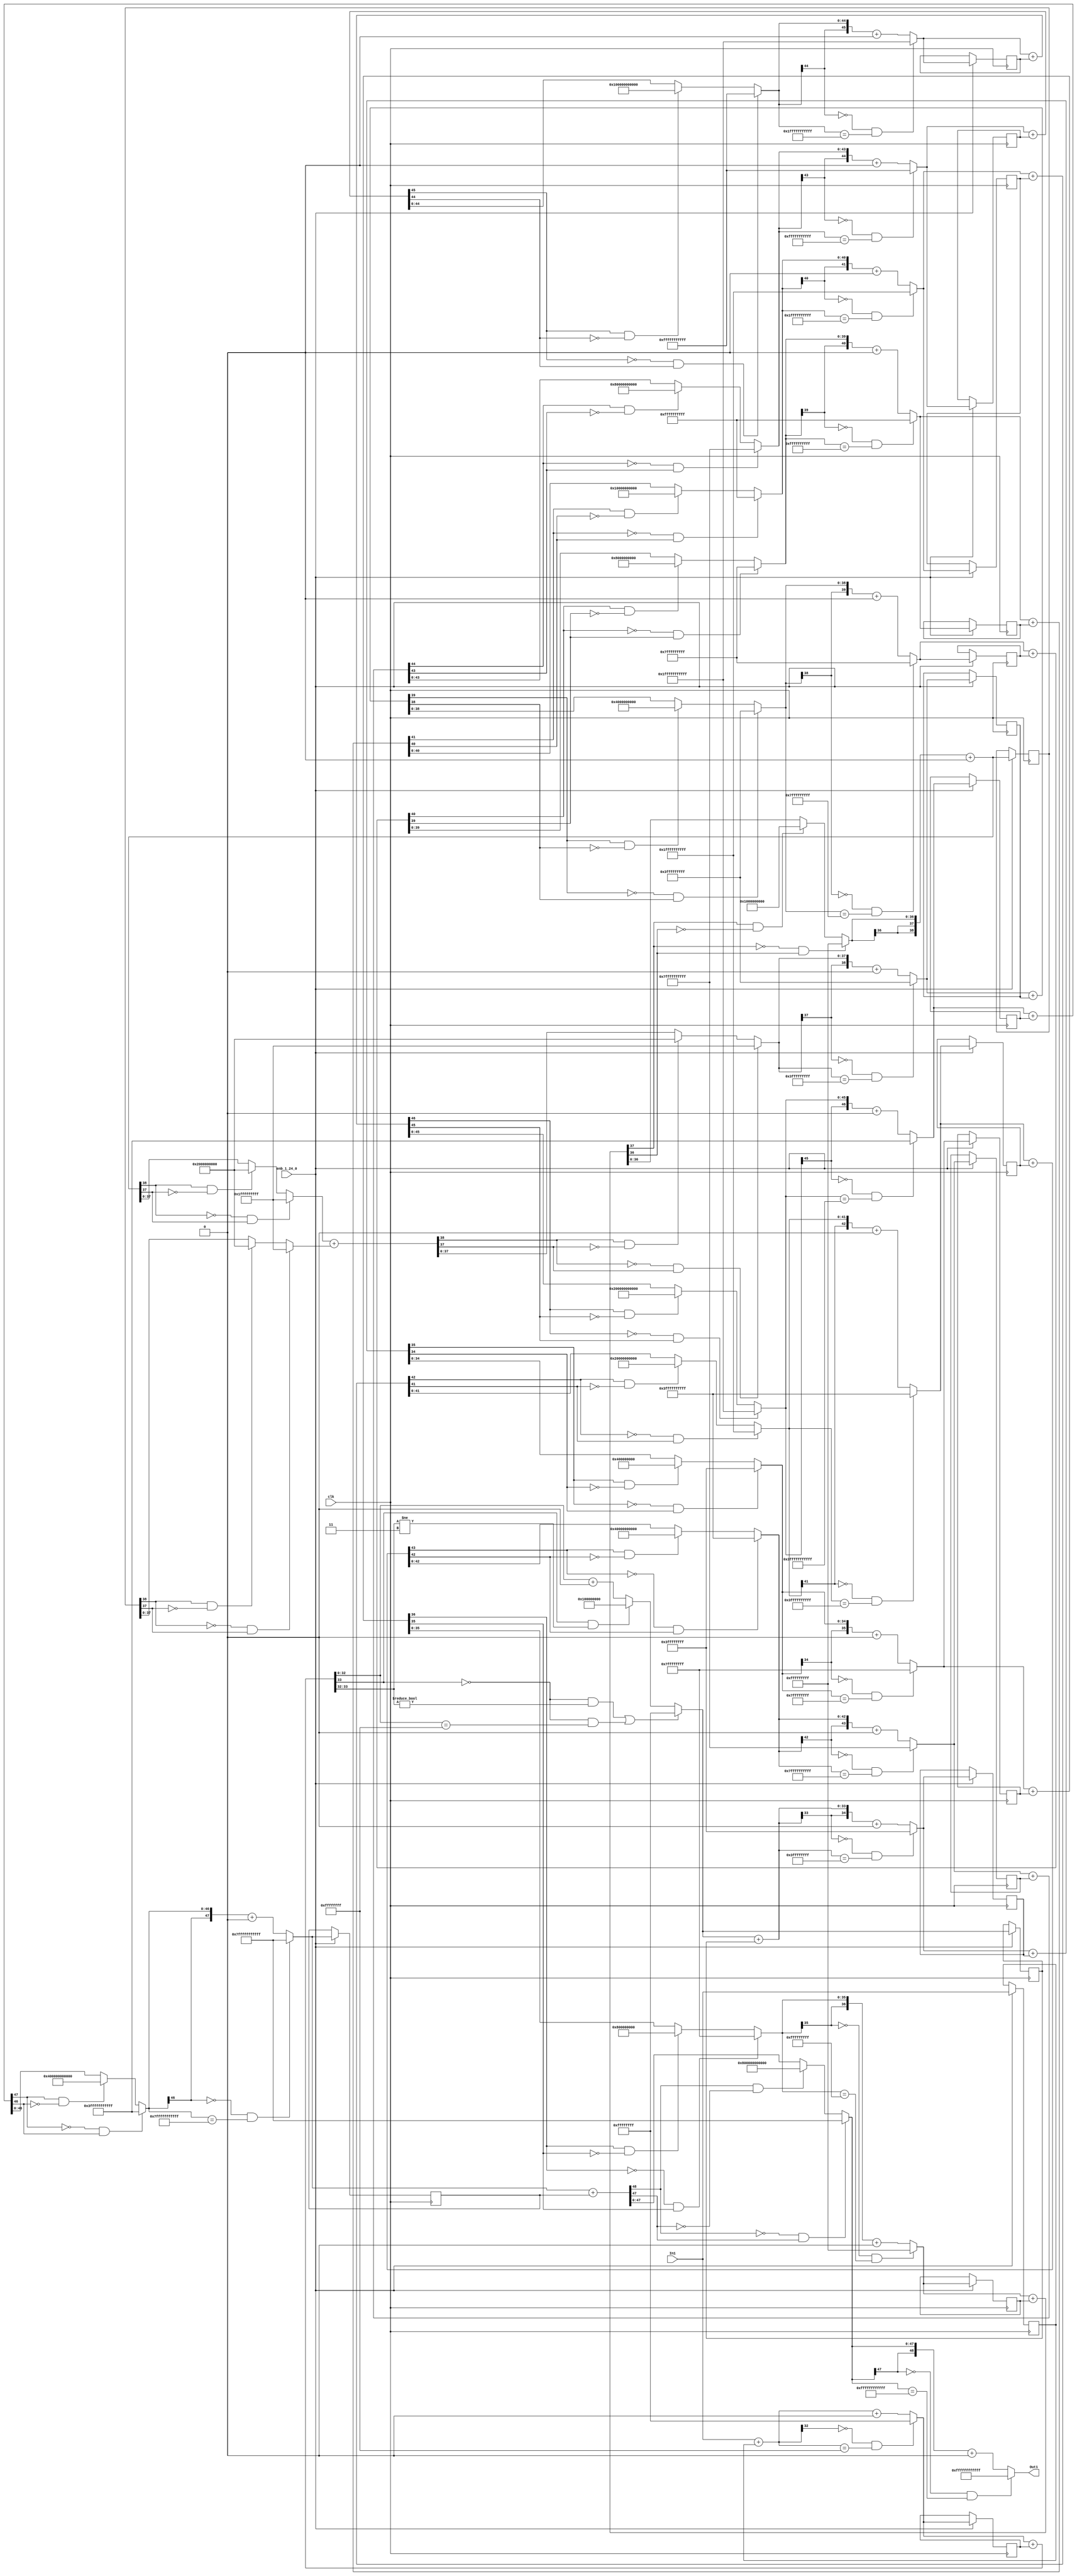
// -------------------------------------------------------------
// 
// 
// Generated by MATLAB 9.9 and HDL Coder 3.17
// 
// -------------------------------------------------------------


// -------------------------------------------------------------
// 
// Module: First_Block_H2_z_1
// Source Path: NonCIC_Final/Non-recursive CIC1/First Block H2(z)1
// Hierarchy Level: 1
// 
// -------------------------------------------------------------

`timescale 1 ns / 1 ns

module First_Block_H2_z_1
          (clk,
           enb_1_24_0,
           In1,
           Out1);


  input   clk;
  input   enb_1_24_0;
  input   signed [31:0] In1;  // sfix32_En28
  output  signed [48:0] Out1;  // sfix49_En45


  reg signed [31:0] Delay_out1;  // sfix32_En28
  wire signed [32:0] Add_add_cast;  // sfix33_En28
  wire signed [32:0] Add_add_cast_1;  // sfix33_En28
  wire signed [32:0] Add_out1;  // sfix33_En28
  wire signed [52:0] Gain_cast;  // sfix53_En47
  wire signed [51:0] Gain_cast_1;  // sfix52_En47
  wire signed [32:0] Gain_out1;  // sfix33_En29
  reg signed [32:0] Delay1_out1;  // sfix33_En29
  wire signed [33:0] Add1_add_cast;  // sfix34_En29
  wire signed [33:0] Add1_add_cast_1;  // sfix34_En29
  wire signed [33:0] Add1_out1;  // sfix34_En29
  wire signed [53:0] Gain1_cast;  // sfix54_En48
  wire signed [52:0] Gain1_cast_1;  // sfix53_En48
  wire signed [32:0] Gain1_out1;  // sfix33_En30
  reg signed [32:0] Delay2_out1;  // sfix33_En30
  wire signed [33:0] Add2_add_cast;  // sfix34_En30
  wire signed [33:0] Add2_add_cast_1;  // sfix34_En30
  wire signed [33:0] Add2_out1;  // sfix34_En30
  wire signed [53:0] Gain2_cast;  // sfix54_En49
  wire signed [52:0] Gain2_cast_1;  // sfix53_En49
  wire signed [34:0] Gain2_out1;  // sfix35_En31
  reg signed [34:0] Delay3_out1;  // sfix35_En31
  wire signed [35:0] Add3_add_cast;  // sfix36_En31
  wire signed [35:0] Add3_add_cast_1;  // sfix36_En31
  wire signed [35:0] Add3_add_temp;  // sfix36_En31
  wire signed [34:0] Add3_out1;  // sfix35_En31
  wire signed [54:0] Gain3_cast;  // sfix55_En50
  wire signed [53:0] Gain3_cast_1;  // sfix54_En50
  wire signed [35:0] Gain3_out1;  // sfix36_En32
  reg signed [35:0] Delay4_out1;  // sfix36_En32
  wire signed [36:0] Add4_add_cast;  // sfix37_En32
  wire signed [36:0] Add4_add_cast_1;  // sfix37_En32
  wire signed [36:0] Add4_add_temp;  // sfix37_En32
  wire signed [35:0] Add4_out1;  // sfix36_En32
  wire signed [55:0] Gain4_cast;  // sfix56_En51
  wire signed [54:0] Gain4_cast_1;  // sfix55_En51
  wire signed [36:0] Gain4_out1;  // sfix37_En33
  reg signed [36:0] Delay5_out1;  // sfix37_En33
  wire signed [37:0] Add5_add_cast;  // sfix38_En33
  wire signed [37:0] Add5_add_cast_1;  // sfix38_En33
  wire signed [37:0] Add5_add_temp;  // sfix38_En33
  wire signed [36:0] Add5_out1;  // sfix37_En33
  wire signed [56:0] Gain5_cast;  // sfix57_En52
  wire signed [55:0] Gain5_cast_1;  // sfix56_En52
  wire signed [38:0] Gain5_out1;  // sfix39_En34
  reg signed [38:0] Delay6_out1;  // sfix39_En34
  wire signed [37:0] Add6_add_cast;  // sfix38_En34
  wire signed [38:0] Add6_add_cast_1;  // sfix39_En34
  wire signed [37:0] Add6_add_cast_2;  // sfix38_En34
  wire signed [38:0] Add6_add_cast_3;  // sfix39_En34
  wire signed [38:0] Add6_add_temp;  // sfix39_En34
  wire signed [37:0] Add6_out1;  // sfix38_En34
  wire signed [57:0] Gain6_cast;  // sfix58_En53
  wire signed [56:0] Gain6_cast_1;  // sfix57_En53
  wire signed [38:0] Gain6_out1;  // sfix39_En35
  reg signed [38:0] Delay7_out1;  // sfix39_En35
  wire signed [39:0] Add7_add_cast;  // sfix40_En35
  wire signed [39:0] Add7_add_cast_1;  // sfix40_En35
  wire signed [39:0] Add7_add_temp;  // sfix40_En35
  wire signed [38:0] Add7_out1;  // sfix39_En35
  wire signed [58:0] Gain7_cast;  // sfix59_En54
  wire signed [57:0] Gain7_cast_1;  // sfix58_En54
  wire signed [39:0] Gain7_out1;  // sfix40_En36
  reg signed [39:0] Delay8_out1;  // sfix40_En36
  wire signed [40:0] Add8_add_cast;  // sfix41_En36
  wire signed [40:0] Add8_add_cast_1;  // sfix41_En36
  wire signed [40:0] Add8_add_temp;  // sfix41_En36
  wire signed [39:0] Add8_out1;  // sfix40_En36
  wire signed [59:0] Gain8_cast;  // sfix60_En55
  wire signed [58:0] Gain8_cast_1;  // sfix59_En55
  wire signed [40:0] Gain8_out1;  // sfix41_En37
  reg signed [40:0] Delay9_out1;  // sfix41_En37
  wire signed [41:0] Add9_add_cast;  // sfix42_En37
  wire signed [41:0] Add9_add_cast_1;  // sfix42_En37
  wire signed [41:0] Add9_add_temp;  // sfix42_En37
  wire signed [40:0] Add9_out1;  // sfix41_En37
  wire signed [60:0] Gain9_cast;  // sfix61_En56
  wire signed [59:0] Gain9_cast_1;  // sfix60_En56
  wire signed [41:0] Gain9_out1;  // sfix42_En38
  reg signed [41:0] Delay10_out1;  // sfix42_En38
  wire signed [42:0] Add10_add_cast;  // sfix43_En38
  wire signed [42:0] Add10_add_cast_1;  // sfix43_En38
  wire signed [42:0] Add10_add_temp;  // sfix43_En38
  wire signed [41:0] Add10_out1;  // sfix42_En38
  wire signed [61:0] Gain10_cast;  // sfix62_En57
  wire signed [60:0] Gain10_cast_1;  // sfix61_En57
  wire signed [42:0] Gain10_out1;  // sfix43_En39
  reg signed [42:0] Delay11_out1;  // sfix43_En39
  wire signed [43:0] Add11_add_cast;  // sfix44_En39
  wire signed [43:0] Add11_add_cast_1;  // sfix44_En39
  wire signed [43:0] Add11_add_temp;  // sfix44_En39
  wire signed [42:0] Add11_out1;  // sfix43_En39
  wire signed [62:0] Gain11_cast;  // sfix63_En58
  wire signed [61:0] Gain11_cast_1;  // sfix62_En58
  wire signed [43:0] Gain11_out1;  // sfix44_En40
  reg signed [43:0] Delay12_out1;  // sfix44_En40
  wire signed [44:0] Add12_add_cast;  // sfix45_En40
  wire signed [44:0] Add12_add_cast_1;  // sfix45_En40
  wire signed [44:0] Add12_add_temp;  // sfix45_En40
  wire signed [43:0] Add12_out1;  // sfix44_En40
  wire signed [63:0] Gain12_cast;  // sfix64_En59
  wire signed [62:0] Gain12_cast_1;  // sfix63_En59
  wire signed [44:0] Gain12_out1;  // sfix45_En41
  reg signed [44:0] Delay13_out1;  // sfix45_En41
  wire signed [45:0] Add13_add_cast;  // sfix46_En41
  wire signed [45:0] Add13_add_cast_1;  // sfix46_En41
  wire signed [45:0] Add13_add_temp;  // sfix46_En41
  wire signed [44:0] Add13_out1;  // sfix45_En41
  wire signed [64:0] Gain13_cast;  // sfix65_En60
  wire signed [63:0] Gain13_cast_1;  // sfix64_En60
  wire signed [45:0] Gain13_out1;  // sfix46_En42
  reg signed [45:0] Delay14_out1;  // sfix46_En42
  wire signed [46:0] Add14_add_cast;  // sfix47_En42
  wire signed [46:0] Add14_add_cast_1;  // sfix47_En42
  wire signed [46:0] Add14_add_temp;  // sfix47_En42
  wire signed [45:0] Add14_out1;  // sfix46_En42
  wire signed [65:0] Gain14_cast;  // sfix66_En61
  wire signed [64:0] Gain14_cast_1;  // sfix65_En61
  wire signed [46:0] Gain14_out1;  // sfix47_En43
  reg signed [46:0] Delay15_out1;  // sfix47_En43
  wire signed [47:0] Add15_add_cast;  // sfix48_En43
  wire signed [47:0] Add15_add_cast_1;  // sfix48_En43
  wire signed [47:0] Add15_add_temp;  // sfix48_En43
  wire signed [46:0] Add15_out1;  // sfix47_En43
  wire signed [66:0] Gain15_cast;  // sfix67_En62
  wire signed [65:0] Gain15_cast_1;  // sfix66_En62
  wire signed [47:0] Gain15_out1;  // sfix48_En44
  reg signed [47:0] Delay16_out1;  // sfix48_En44
  wire signed [48:0] Add16_add_cast;  // sfix49_En44
  wire signed [48:0] Add16_add_cast_1;  // sfix49_En44
  wire signed [48:0] Add16_add_temp;  // sfix49_En44
  wire signed [47:0] Add16_out1;  // sfix48_En44
  wire signed [67:0] Gain16_cast;  // sfix68_En63
  wire signed [66:0] Gain16_cast_1;  // sfix67_En63
  wire signed [48:0] Gain16_out1;  // sfix49_En45


  always @(posedge clk)
    begin : Delay_rsvd_process
      if (enb_1_24_0) begin
        Delay_out1 <= In1;
      end
    end



  assign Add_add_cast = {In1[31], In1};
  assign Add_add_cast_1 = {Delay_out1[31], Delay_out1};
  assign Add_out1 = Add_add_cast + Add_add_cast_1;



  assign Gain_cast = {{2{Add_out1[32]}}, {Add_out1, 18'b000000000000000000}};
  assign Gain_cast_1 = Gain_cast[51:0];
  assign Gain_out1 = (((Gain_cast_1[51] == 1'b0) && (Gain_cast_1[50] != 1'b0)) || ((Gain_cast_1[51] == 1'b0) 
    && (Gain_cast_1[50:18] == 33'sh0FFFFFFFF)) ? 33'sh0FFFFFFFF :
              ((Gain_cast_1[51] == 1'b1) && (Gain_cast_1[50] != 1'b1) ? 33'sh100000000 :
              Gain_cast_1[50:18] + $signed({1'b0, Gain_cast_1[17]})));



  always @(posedge clk)
    begin : Delay1_process
      if (enb_1_24_0) begin
        Delay1_out1 <= Gain_out1;
      end
    end



  assign Add1_add_cast = {Gain_out1[32], Gain_out1};
  assign Add1_add_cast_1 = {Delay1_out1[32], Delay1_out1};
  assign Add1_out1 = Add1_add_cast + Add1_add_cast_1;



  assign Gain1_cast = {{2{Add1_out1[33]}}, {Add1_out1, 18'b000000000000000000}};
  assign Gain1_cast_1 = Gain1_cast[52:0];
  assign Gain1_out1 = (((Gain1_cast_1[52] == 1'b0) && (Gain1_cast_1[51:50] != 2'b00)) || ((Gain1_cast_1[52] 
    == 1'b0) && (Gain1_cast_1[50:18] == 33'sh0FFFFFFFF)) ? 33'sh0FFFFFFFF :
              ((Gain1_cast_1[52] == 1'b1) && (Gain1_cast_1[51:50] != 2'b11) ? 33'sh100000000 :
              Gain1_cast_1[50:18] + $signed({1'b0, Gain1_cast_1[17]})));



  always @(posedge clk)
    begin : Delay2_process
      if (enb_1_24_0) begin
        Delay2_out1 <= Gain1_out1;
      end
    end



  assign Add2_add_cast = {Gain1_out1[32], Gain1_out1};
  assign Add2_add_cast_1 = {Delay2_out1[32], Delay2_out1};
  assign Add2_out1 = Add2_add_cast + Add2_add_cast_1;



  assign Gain2_cast = {{2{Add2_out1[33]}}, {Add2_out1, 18'b000000000000000000}};
  assign Gain2_cast_1 = Gain2_cast[52:0];
  assign Gain2_out1 = ((Gain2_cast_1[52] == 1'b0) && (Gain2_cast_1[51:18] == 34'h3FFFFFFFF) ? 35'sh3FFFFFFFF :
              Gain2_cast_1[52:18] + $signed({1'b0, Gain2_cast_1[17]}));



  always @(posedge clk)
    begin : Delay3_process
      if (enb_1_24_0) begin
        Delay3_out1 <= Gain2_out1;
      end
    end



  assign Add3_add_cast = {Gain2_out1[34], Gain2_out1};
  assign Add3_add_cast_1 = {Delay3_out1[34], Delay3_out1};
  assign Add3_add_temp = Add3_add_cast + Add3_add_cast_1;
  assign Add3_out1 = ((Add3_add_temp[35] == 1'b0) && (Add3_add_temp[34] != 1'b0) ? 35'sh3FFFFFFFF :
              ((Add3_add_temp[35] == 1'b1) && (Add3_add_temp[34] != 1'b1) ? 35'sh400000000 :
              $signed(Add3_add_temp[34:0])));



  assign Gain3_cast = {{2{Add3_out1[34]}}, {Add3_out1, 18'b000000000000000000}};
  assign Gain3_cast_1 = Gain3_cast[53:0];
  assign Gain3_out1 = ((Gain3_cast_1[53] == 1'b0) && (Gain3_cast_1[52:18] == 35'h7FFFFFFFF) ? 36'sh7FFFFFFFF :
              Gain3_cast_1[53:18] + $signed({1'b0, Gain3_cast_1[17]}));



  always @(posedge clk)
    begin : Delay4_process
      if (enb_1_24_0) begin
        Delay4_out1 <= Gain3_out1;
      end
    end



  assign Add4_add_cast = {Gain3_out1[35], Gain3_out1};
  assign Add4_add_cast_1 = {Delay4_out1[35], Delay4_out1};
  assign Add4_add_temp = Add4_add_cast + Add4_add_cast_1;
  assign Add4_out1 = ((Add4_add_temp[36] == 1'b0) && (Add4_add_temp[35] != 1'b0) ? 36'sh7FFFFFFFF :
              ((Add4_add_temp[36] == 1'b1) && (Add4_add_temp[35] != 1'b1) ? 36'sh800000000 :
              $signed(Add4_add_temp[35:0])));



  assign Gain4_cast = {{2{Add4_out1[35]}}, {Add4_out1, 18'b000000000000000000}};
  assign Gain4_cast_1 = Gain4_cast[54:0];
  assign Gain4_out1 = ((Gain4_cast_1[54] == 1'b0) && (Gain4_cast_1[53:18] == 36'hFFFFFFFFF) ? 37'sh0FFFFFFFFF 
    :
              Gain4_cast_1[54:18] + $signed({1'b0, Gain4_cast_1[17]}));



  always @(posedge clk)
    begin : Delay5_process
      if (enb_1_24_0) begin
        Delay5_out1 <= Gain4_out1;
      end
    end



  assign Add5_add_cast = {Gain4_out1[36], Gain4_out1};
  assign Add5_add_cast_1 = {Delay5_out1[36], Delay5_out1};
  assign Add5_add_temp = Add5_add_cast + Add5_add_cast_1;
  assign Add5_out1 = ((Add5_add_temp[37] == 1'b0) && (Add5_add_temp[36] != 1'b0) ? 37'sh0FFFFFFFFF :
              ((Add5_add_temp[37] == 1'b1) && (Add5_add_temp[36] != 1'b1) ? 37'sh1000000000 :
              $signed(Add5_add_temp[36:0])));



  assign Gain5_cast = {{2{Add5_out1[36]}}, {Add5_out1, 18'b000000000000000000}};
  assign Gain5_cast_1 = Gain5_cast[55:0];
  assign Gain5_out1 = ({Gain5_cast_1[55], Gain5_cast_1[55:18]}) + $signed({1'b0, Gain5_cast_1[17]});



  always @(posedge clk)
    begin : Delay6_process
      if (enb_1_24_0) begin
        Delay6_out1 <= Gain5_out1;
      end
    end



  assign Add6_add_cast = ((Gain5_out1[38] == 1'b0) && (Gain5_out1[37] != 1'b0) ? 38'sh1FFFFFFFFF :
              ((Gain5_out1[38] == 1'b1) && (Gain5_out1[37] != 1'b1) ? 38'sh2000000000 :
              $signed(Gain5_out1[37:0])));
  assign Add6_add_cast_1 = {Add6_add_cast[37], Add6_add_cast};
  assign Add6_add_cast_2 = ((Delay6_out1[38] == 1'b0) && (Delay6_out1[37] != 1'b0) ? 38'sh1FFFFFFFFF :
              ((Delay6_out1[38] == 1'b1) && (Delay6_out1[37] != 1'b1) ? 38'sh2000000000 :
              $signed(Delay6_out1[37:0])));
  assign Add6_add_cast_3 = {Add6_add_cast_2[37], Add6_add_cast_2};
  assign Add6_add_temp = Add6_add_cast_1 + Add6_add_cast_3;
  assign Add6_out1 = ((Add6_add_temp[38] == 1'b0) && (Add6_add_temp[37] != 1'b0) ? 38'sh1FFFFFFFFF :
              ((Add6_add_temp[38] == 1'b1) && (Add6_add_temp[37] != 1'b1) ? 38'sh2000000000 :
              $signed(Add6_add_temp[37:0])));



  assign Gain6_cast = {{2{Add6_out1[37]}}, {Add6_out1, 18'b000000000000000000}};
  assign Gain6_cast_1 = Gain6_cast[56:0];
  assign Gain6_out1 = ((Gain6_cast_1[56] == 1'b0) && (Gain6_cast_1[55:18] == 38'h3FFFFFFFFF) ? 
    39'sh3FFFFFFFFF :
              Gain6_cast_1[56:18] + $signed({1'b0, Gain6_cast_1[17]}));



  always @(posedge clk)
    begin : Delay7_process
      if (enb_1_24_0) begin
        Delay7_out1 <= Gain6_out1;
      end
    end



  assign Add7_add_cast = {Gain6_out1[38], Gain6_out1};
  assign Add7_add_cast_1 = {Delay7_out1[38], Delay7_out1};
  assign Add7_add_temp = Add7_add_cast + Add7_add_cast_1;
  assign Add7_out1 = ((Add7_add_temp[39] == 1'b0) && (Add7_add_temp[38] != 1'b0) ? 39'sh3FFFFFFFFF :
              ((Add7_add_temp[39] == 1'b1) && (Add7_add_temp[38] != 1'b1) ? 39'sh4000000000 :
              $signed(Add7_add_temp[38:0])));



  assign Gain7_cast = {{2{Add7_out1[38]}}, {Add7_out1, 18'b000000000000000000}};
  assign Gain7_cast_1 = Gain7_cast[57:0];
  assign Gain7_out1 = ((Gain7_cast_1[57] == 1'b0) && (Gain7_cast_1[56:18] == 39'h7FFFFFFFFF) ? 
    40'sh7FFFFFFFFF :
              Gain7_cast_1[57:18] + $signed({1'b0, Gain7_cast_1[17]}));



  always @(posedge clk)
    begin : Delay8_process
      if (enb_1_24_0) begin
        Delay8_out1 <= Gain7_out1;
      end
    end



  assign Add8_add_cast = {Gain7_out1[39], Gain7_out1};
  assign Add8_add_cast_1 = {Delay8_out1[39], Delay8_out1};
  assign Add8_add_temp = Add8_add_cast + Add8_add_cast_1;
  assign Add8_out1 = ((Add8_add_temp[40] == 1'b0) && (Add8_add_temp[39] != 1'b0) ? 40'sh7FFFFFFFFF :
              ((Add8_add_temp[40] == 1'b1) && (Add8_add_temp[39] != 1'b1) ? 40'sh8000000000 :
              $signed(Add8_add_temp[39:0])));



  assign Gain8_cast = {{2{Add8_out1[39]}}, {Add8_out1, 18'b000000000000000000}};
  assign Gain8_cast_1 = Gain8_cast[58:0];
  assign Gain8_out1 = ((Gain8_cast_1[58] == 1'b0) && (Gain8_cast_1[57:18] == 40'hFFFFFFFFFF) ? 
    41'sh0FFFFFFFFFF :
              Gain8_cast_1[58:18] + $signed({1'b0, Gain8_cast_1[17]}));



  always @(posedge clk)
    begin : Delay9_process
      if (enb_1_24_0) begin
        Delay9_out1 <= Gain8_out1;
      end
    end



  assign Add9_add_cast = {Gain8_out1[40], Gain8_out1};
  assign Add9_add_cast_1 = {Delay9_out1[40], Delay9_out1};
  assign Add9_add_temp = Add9_add_cast + Add9_add_cast_1;
  assign Add9_out1 = ((Add9_add_temp[41] == 1'b0) && (Add9_add_temp[40] != 1'b0) ? 41'sh0FFFFFFFFFF :
              ((Add9_add_temp[41] == 1'b1) && (Add9_add_temp[40] != 1'b1) ? 41'sh10000000000 :
              $signed(Add9_add_temp[40:0])));



  assign Gain9_cast = {{2{Add9_out1[40]}}, {Add9_out1, 18'b000000000000000000}};
  assign Gain9_cast_1 = Gain9_cast[59:0];
  assign Gain9_out1 = ((Gain9_cast_1[59] == 1'b0) && (Gain9_cast_1[58:18] == 41'h1FFFFFFFFFF) ? 
    42'sh1FFFFFFFFFF :
              Gain9_cast_1[59:18] + $signed({1'b0, Gain9_cast_1[17]}));



  always @(posedge clk)
    begin : Delay10_process
      if (enb_1_24_0) begin
        Delay10_out1 <= Gain9_out1;
      end
    end



  assign Add10_add_cast = {Gain9_out1[41], Gain9_out1};
  assign Add10_add_cast_1 = {Delay10_out1[41], Delay10_out1};
  assign Add10_add_temp = Add10_add_cast + Add10_add_cast_1;
  assign Add10_out1 = ((Add10_add_temp[42] == 1'b0) && (Add10_add_temp[41] != 1'b0) ? 42'sh1FFFFFFFFFF :
              ((Add10_add_temp[42] == 1'b1) && (Add10_add_temp[41] != 1'b1) ? 42'sh20000000000 :
              $signed(Add10_add_temp[41:0])));



  assign Gain10_cast = {{2{Add10_out1[41]}}, {Add10_out1, 18'b000000000000000000}};
  assign Gain10_cast_1 = Gain10_cast[60:0];
  assign Gain10_out1 = ((Gain10_cast_1[60] == 1'b0) && (Gain10_cast_1[59:18] == 42'h3FFFFFFFFFF) ? 
    43'sh3FFFFFFFFFF :
              Gain10_cast_1[60:18] + $signed({1'b0, Gain10_cast_1[17]}));



  always @(posedge clk)
    begin : Delay11_process
      if (enb_1_24_0) begin
        Delay11_out1 <= Gain10_out1;
      end
    end



  assign Add11_add_cast = {Gain10_out1[42], Gain10_out1};
  assign Add11_add_cast_1 = {Delay11_out1[42], Delay11_out1};
  assign Add11_add_temp = Add11_add_cast + Add11_add_cast_1;
  assign Add11_out1 = ((Add11_add_temp[43] == 1'b0) && (Add11_add_temp[42] != 1'b0) ? 43'sh3FFFFFFFFFF :
              ((Add11_add_temp[43] == 1'b1) && (Add11_add_temp[42] != 1'b1) ? 43'sh40000000000 :
              $signed(Add11_add_temp[42:0])));



  assign Gain11_cast = {{2{Add11_out1[42]}}, {Add11_out1, 18'b000000000000000000}};
  assign Gain11_cast_1 = Gain11_cast[61:0];
  assign Gain11_out1 = ((Gain11_cast_1[61] == 1'b0) && (Gain11_cast_1[60:18] == 43'h7FFFFFFFFFF) ? 
    44'sh7FFFFFFFFFF :
              Gain11_cast_1[61:18] + $signed({1'b0, Gain11_cast_1[17]}));



  always @(posedge clk)
    begin : Delay12_process
      if (enb_1_24_0) begin
        Delay12_out1 <= Gain11_out1;
      end
    end



  assign Add12_add_cast = {Gain11_out1[43], Gain11_out1};
  assign Add12_add_cast_1 = {Delay12_out1[43], Delay12_out1};
  assign Add12_add_temp = Add12_add_cast + Add12_add_cast_1;
  assign Add12_out1 = ((Add12_add_temp[44] == 1'b0) && (Add12_add_temp[43] != 1'b0) ? 44'sh7FFFFFFFFFF :
              ((Add12_add_temp[44] == 1'b1) && (Add12_add_temp[43] != 1'b1) ? 44'sh80000000000 :
              $signed(Add12_add_temp[43:0])));



  assign Gain12_cast = {{2{Add12_out1[43]}}, {Add12_out1, 18'b000000000000000000}};
  assign Gain12_cast_1 = Gain12_cast[62:0];
  assign Gain12_out1 = ((Gain12_cast_1[62] == 1'b0) && (Gain12_cast_1[61:18] == 44'hFFFFFFFFFFF) ? 
    45'sh0FFFFFFFFFFF :
              Gain12_cast_1[62:18] + $signed({1'b0, Gain12_cast_1[17]}));



  always @(posedge clk)
    begin : Delay13_process
      if (enb_1_24_0) begin
        Delay13_out1 <= Gain12_out1;
      end
    end



  assign Add13_add_cast = {Gain12_out1[44], Gain12_out1};
  assign Add13_add_cast_1 = {Delay13_out1[44], Delay13_out1};
  assign Add13_add_temp = Add13_add_cast + Add13_add_cast_1;
  assign Add13_out1 = ((Add13_add_temp[45] == 1'b0) && (Add13_add_temp[44] != 1'b0) ? 45'sh0FFFFFFFFFFF :
              ((Add13_add_temp[45] == 1'b1) && (Add13_add_temp[44] != 1'b1) ? 45'sh100000000000 :
              $signed(Add13_add_temp[44:0])));



  assign Gain13_cast = {{2{Add13_out1[44]}}, {Add13_out1, 18'b000000000000000000}};
  assign Gain13_cast_1 = Gain13_cast[63:0];
  assign Gain13_out1 = ((Gain13_cast_1[63] == 1'b0) && (Gain13_cast_1[62:18] == 45'h1FFFFFFFFFFF) ? 
    46'sh1FFFFFFFFFFF :
              Gain13_cast_1[63:18] + $signed({1'b0, Gain13_cast_1[17]}));



  always @(posedge clk)
    begin : Delay14_process
      if (enb_1_24_0) begin
        Delay14_out1 <= Gain13_out1;
      end
    end



  assign Add14_add_cast = {Gain13_out1[45], Gain13_out1};
  assign Add14_add_cast_1 = {Delay14_out1[45], Delay14_out1};
  assign Add14_add_temp = Add14_add_cast + Add14_add_cast_1;
  assign Add14_out1 = ((Add14_add_temp[46] == 1'b0) && (Add14_add_temp[45] != 1'b0) ? 46'sh1FFFFFFFFFFF :
              ((Add14_add_temp[46] == 1'b1) && (Add14_add_temp[45] != 1'b1) ? 46'sh200000000000 :
              $signed(Add14_add_temp[45:0])));



  assign Gain14_cast = {{2{Add14_out1[45]}}, {Add14_out1, 18'b000000000000000000}};
  assign Gain14_cast_1 = Gain14_cast[64:0];
  assign Gain14_out1 = ((Gain14_cast_1[64] == 1'b0) && (Gain14_cast_1[63:18] == 46'h3FFFFFFFFFFF) ? 
    47'sh3FFFFFFFFFFF :
              Gain14_cast_1[64:18] + $signed({1'b0, Gain14_cast_1[17]}));



  always @(posedge clk)
    begin : Delay15_process
      if (enb_1_24_0) begin
        Delay15_out1 <= Gain14_out1;
      end
    end



  assign Add15_add_cast = {Gain14_out1[46], Gain14_out1};
  assign Add15_add_cast_1 = {Delay15_out1[46], Delay15_out1};
  assign Add15_add_temp = Add15_add_cast + Add15_add_cast_1;
  assign Add15_out1 = ((Add15_add_temp[47] == 1'b0) && (Add15_add_temp[46] != 1'b0) ? 47'sh3FFFFFFFFFFF :
              ((Add15_add_temp[47] == 1'b1) && (Add15_add_temp[46] != 1'b1) ? 47'sh400000000000 :
              $signed(Add15_add_temp[46:0])));



  assign Gain15_cast = {{2{Add15_out1[46]}}, {Add15_out1, 18'b000000000000000000}};
  assign Gain15_cast_1 = Gain15_cast[65:0];
  assign Gain15_out1 = ((Gain15_cast_1[65] == 1'b0) && (Gain15_cast_1[64:18] == 47'h7FFFFFFFFFFF) ? 
    48'sh7FFFFFFFFFFF :
              Gain15_cast_1[65:18] + $signed({1'b0, Gain15_cast_1[17]}));



  always @(posedge clk)
    begin : Delay16_process
      if (enb_1_24_0) begin
        Delay16_out1 <= Gain15_out1;
      end
    end



  assign Add16_add_cast = {Gain15_out1[47], Gain15_out1};
  assign Add16_add_cast_1 = {Delay16_out1[47], Delay16_out1};
  assign Add16_add_temp = Add16_add_cast + Add16_add_cast_1;
  assign Add16_out1 = ((Add16_add_temp[48] == 1'b0) && (Add16_add_temp[47] != 1'b0) ? 48'sh7FFFFFFFFFFF :
              ((Add16_add_temp[48] == 1'b1) && (Add16_add_temp[47] != 1'b1) ? 48'sh800000000000 :
              $signed(Add16_add_temp[47:0])));



  assign Gain16_cast = {{2{Add16_out1[47]}}, {Add16_out1, 18'b000000000000000000}};
  assign Gain16_cast_1 = Gain16_cast[66:0];
  assign Gain16_out1 = ((Gain16_cast_1[66] == 1'b0) && (Gain16_cast_1[65:18] == 48'hFFFFFFFFFFFF) ? 
    49'sh0FFFFFFFFFFFF :
              Gain16_cast_1[66:18] + $signed({1'b0, Gain16_cast_1[17]}));



  assign Out1 = Gain16_out1;

endmodule  // First_Block_H2_z_1